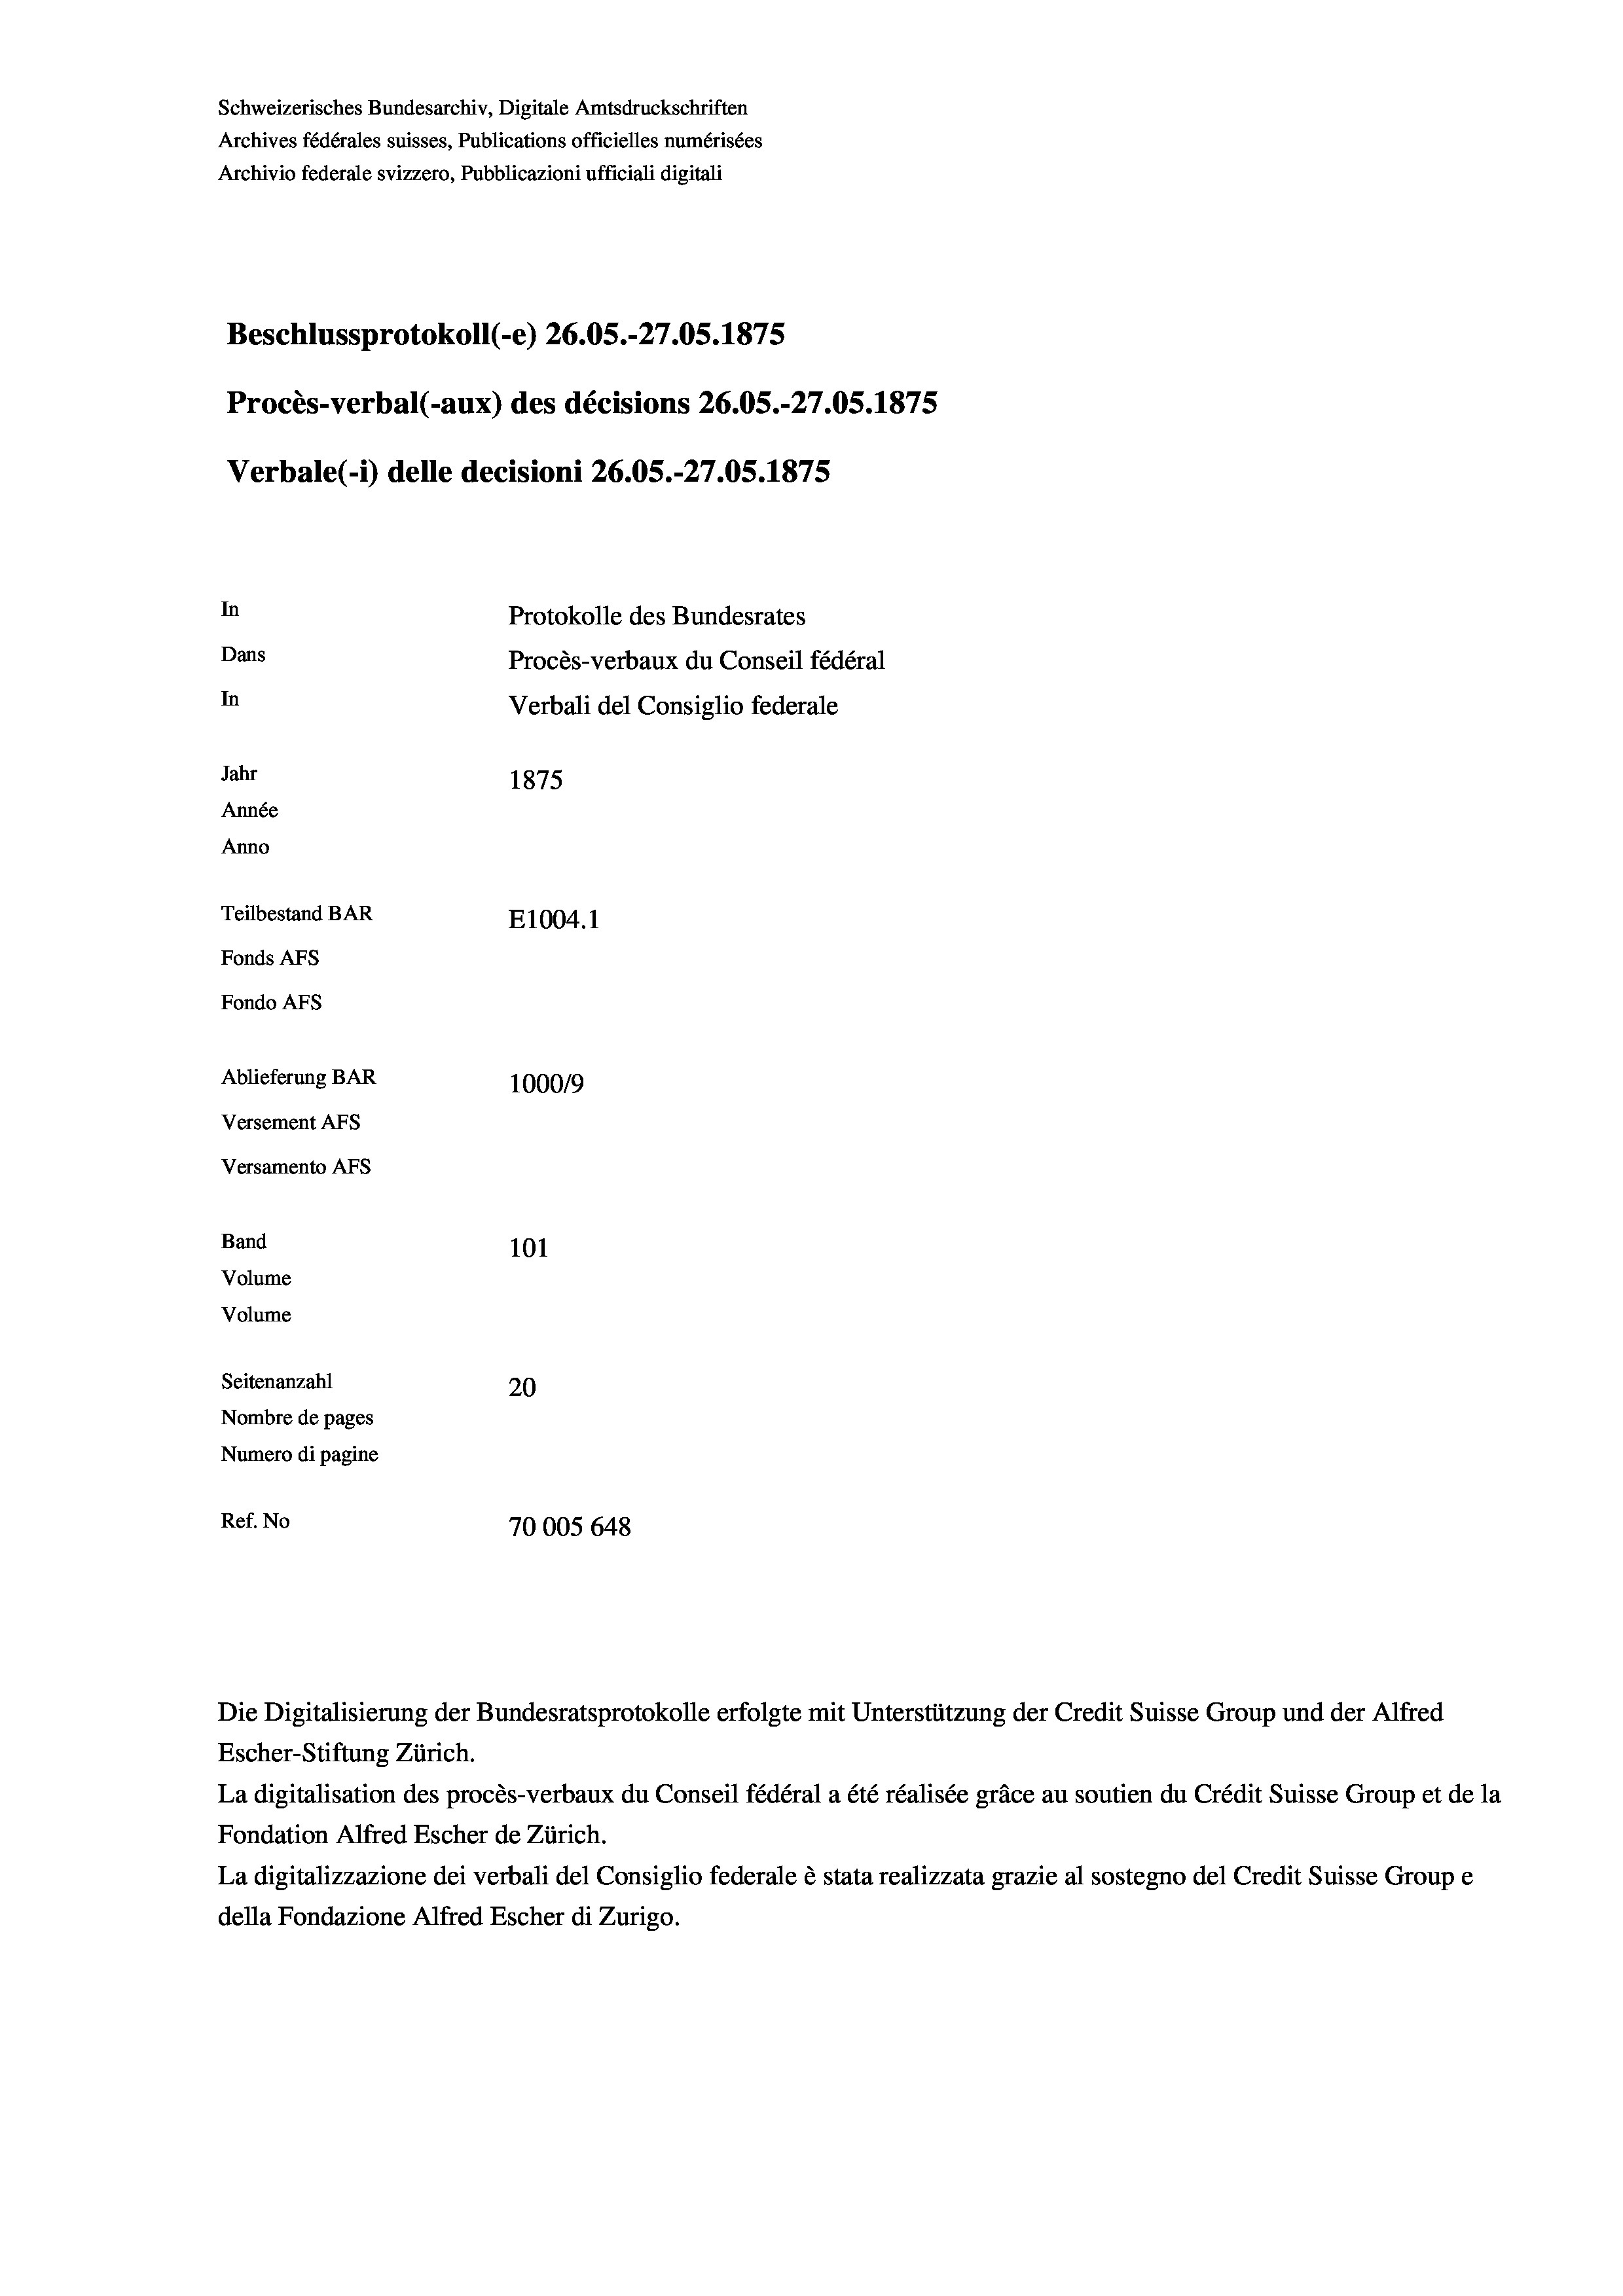
Schweizerisches Bundesarchiv, Digitale Amtsdruckschriften
Archives fédérales suisses, Publications officielles numérisées
Archivio federale svizzero, Pubblicazioni ufficiali digitali

In

Ablieferung BAR
Versement AFs
Versamento Afs
Band
Volume
Volume
Seitenanzahl
Nombre de pages

Beschlussprotokoll (-e) 26.05.-27.05. 1875
Procès-verbal (-aux) des décisions 26.05.-27.05. 1875
Verbale (1) delle decisioni 26.05.-27.05. 1875

1875

Dans
In
Jahr
Année
Anno
Teilbestand BAR
E1004. 1
Fonds AFs
Fondo Afs

100019
101
20
Numero di pagine
Ref. No
70005 648

Protokolle des Bundesrates
Procès-verbaux du Conseil fédéral
Verbali del Consiglio federale

Die Digitalisierung der Bundesratsprotokolle erfolgte mit Unterstützung der Credit Suisse Group und der Alfred
Escher-Stiftung Zürich.
La digitalisation des procès-verbaux du Conseil fédéral a été réalisée gräce au soutien du Crédit Suisse Group et de la
Fondation Alfred Escher de Zürich.
La digitalizzazione dei verbali del Consiglio federale è stata realizzata grazie al sostegno del Credit Suisse Groupe
della Fondazione Alfred Escher di Zurigo.